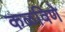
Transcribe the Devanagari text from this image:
कळविणे